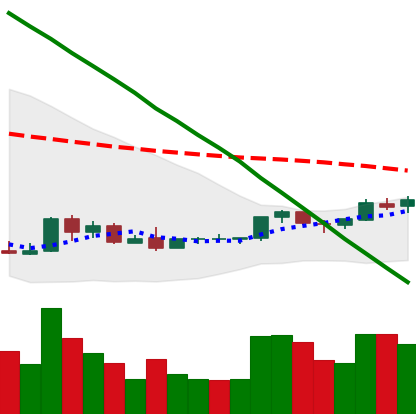
Ticker: NEO-USD
Chart end date: 2018-09-03
Forward return: -20.841%
Label: down_7plus